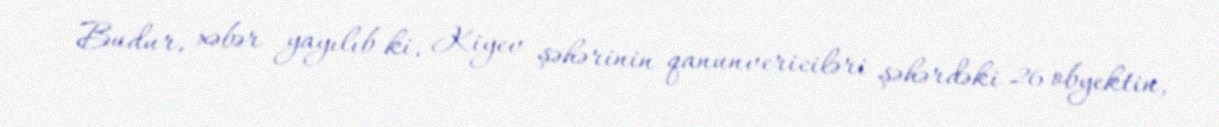
Budur, xəbər yayılıb ki, Kiyev şəhərinin qanunvericiləri şəhərdəki 26 obyektin,